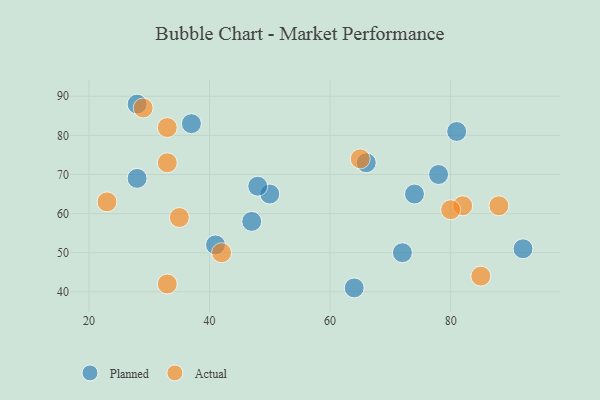
{"axis": {"x": "GDP", "y": "Life Expectancy"}, "legend": ["Actual", "Planned"], "data": [{"x": "37", "y": 83, "type": "Planned"}, {"x": "50", "y": 65, "type": "Planned"}, {"x": "28", "y": 88, "type": "Planned"}, {"x": "41", "y": 52, "type": "Planned"}, {"x": "78", "y": 70, "type": "Planned"}, {"x": "81", "y": 81, "type": "Planned"}, {"x": "48", "y": 67, "type": "Planned"}, {"x": "74", "y": 65, "type": "Planned"}, {"x": "66", "y": 73, "type": "Planned"}, {"x": "92", "y": 51, "type": "Planned"}, {"x": "72", "y": 50, "type": "Planned"}, {"x": "28", "y": 69, "type": "Planned"}, {"x": "64", "y": 41, "type": "Planned"}, {"x": "47", "y": 58, "type": "Planned"}, {"x": "33", "y": 73, "type": "Actual"}, {"x": "82", "y": 62, "type": "Actual"}, {"x": "33", "y": 82, "type": "Actual"}, {"x": "42", "y": 50, "type": "Actual"}, {"x": "23", "y": 63, "type": "Actual"}, {"x": "29", "y": 87, "type": "Actual"}, {"x": "80", "y": 61, "type": "Actual"}, {"x": "33", "y": 42, "type": "Actual"}, {"x": "65", "y": 74, "type": "Actual"}, {"x": "85", "y": 44, "type": "Actual"}, {"x": "88", "y": 62, "type": "Actual"}, {"x": "35", "y": 59, "type": "Actual"}]}